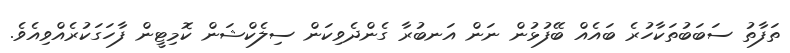
ތަފާތު ސަބަބުތަކާހުރެ ބައެއް ބޭފުޅުން ނަން އަނބުރާ ގެންދެވިކަން ސިލެކްޝަން ކޮމިޓީން ފާހަގަކުރެއްވިއެވެ.